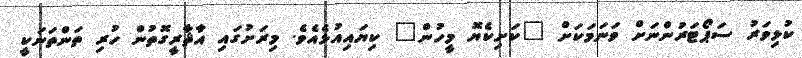
ކުޅިވަރު ސަޕޯޓަރުންނަށް ވަނަމަކަށް "ކަށިކެޔޮ މީހުން" ކިޔައިއުޅެއެވެ. މިރަށުގައި އާޘާރީގޮތުން ހުރި ތަންތަނަކީ